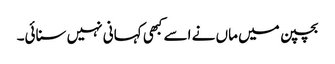
بچپن میں ماں نے اسے کبھی کہانی نہیں سنائی۔